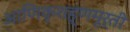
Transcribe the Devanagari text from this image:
आणिकृशह्णमूर्ती